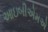
આઇબીએમએ